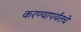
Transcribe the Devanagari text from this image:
करण्यापर्यंतचे